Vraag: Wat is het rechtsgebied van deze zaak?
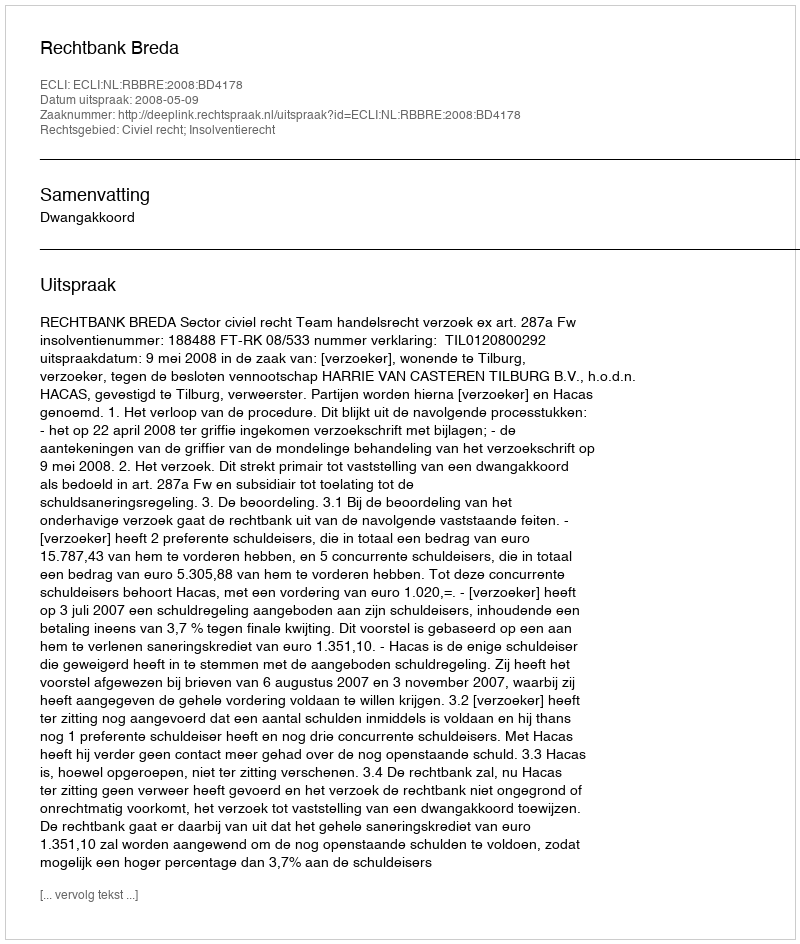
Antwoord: Civiel recht; Insolventierecht